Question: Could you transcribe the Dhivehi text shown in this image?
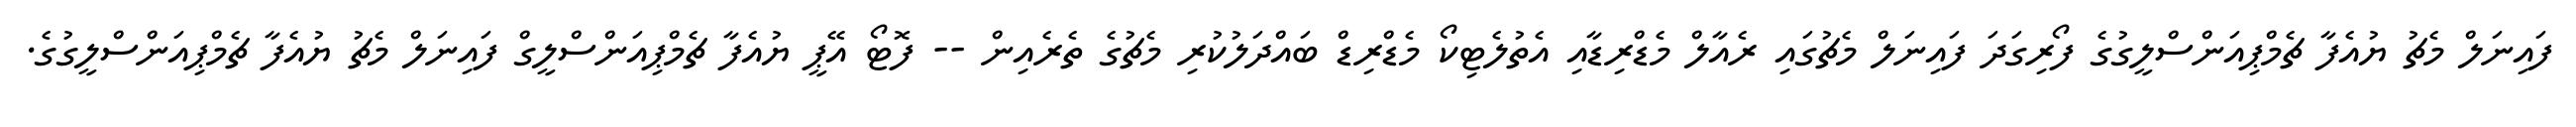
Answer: ފައިނަލް މެޗު ޔުއެފާ ޗެމްޕިއަންސްލީގުގެ ފޯރިގަދަ ފައިނަލް މެޗުގައި ރެއާލް މެޑްރިޑާއި އެތުލެޓިކޯ މެޑްރިޑް ބައްދަލުކުރި މެޗުގެ ތެރެއިން -- ފޮޓޯ އޭޕީ ޔުއެފާ ޗެމްޕިއަންސްލީގް ފައިނަލް މެޗު ޔުއެފާ ޗެމްޕިއަންސްލީގުގެ.